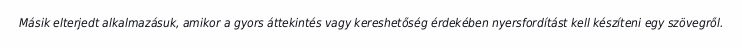
Másik elterjedt alkalmazásuk, amikor a gyors áttekintés vagy kereshetőség érdekében nyersfordítást kell készíteni egy szövegről.